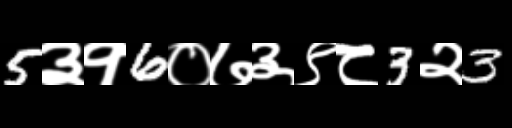
Text: 5३१6०७३९८3२3